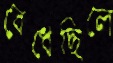
বেধেছিলে